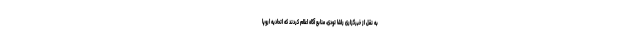
به نقل از خبرگزاری راشا تودی، منابع آگاه اعلام کردند که اتحادیه اروپا